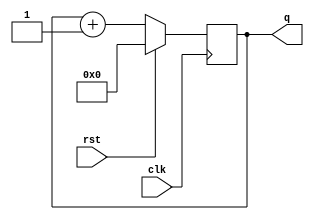
module syncbinary (clk, rst, q);
	input clk, rst;
	output reg[3:0]q;
	initial q = 4'B0000;
	always @ (posedge clk)
	begin
	if (rst == 1'B1)
		q = 4'B0000;
	else
		q = q + 1;
	end
endmodule

module tb_4_bit_syncbin;
	reg clk, rst;
	wire[3:0] q;
	syncbinary sb1(.clk(clk), .rst(rst), .q(q));
	initial begin
		clk = 0;
		rst = 0;
		#350 $finish;
	end
	always #10 clk = ~clk;
	always #330 rst = 1;
	always @(clk)
		$monitor( "time =%0t \tINPUT: clk=%b rst=%b \t OUTPUT: q=%b",$time,clk, rst, q);
  initial
    begin
      $dumpfile("syncbinary.vcd");
      $dumpvars;
      
    end
endmodule